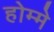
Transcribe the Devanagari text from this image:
होम्मे